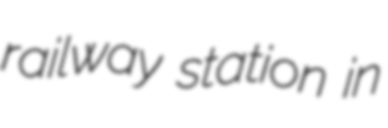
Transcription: railway station in